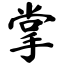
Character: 掌